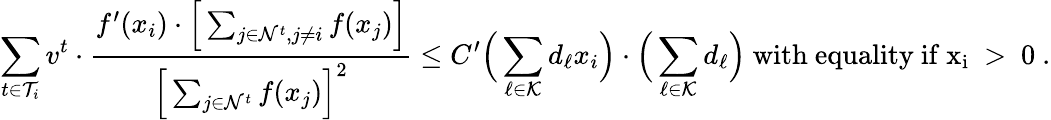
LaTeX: \sum_{t\in\mathcal{T}_{i}}v^{t}\cdot\frac{f^{\prime}(x_{i})\cdot\Big[\sum_{j\in\mathcal{N}^{t},j\ne i}f(x_{j})\Big]}{\Big[\sum_{j\in\mathcal{N}^{t}}f(x_{j})\Big]^{2}}\le C^{\prime}\Big(\sum_{\ell\in\mathcal{K}}d_{\ell}x_{i}\Big)\cdot\Big(\sum_{\ell\in\mathcal{K}}d_{\ell}\Big)\mathrm{~with~equality~if~x_i~>~0~}.